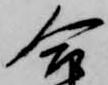
合